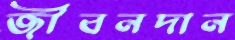
জীবনদান